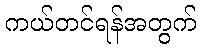
ကယ်တင်ရန်အတွက်